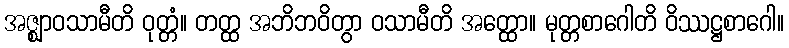
အဇ္ဈာဝသာမီတိ ဝုတ္တံ။ တတ္ထ အဘိဘဝိတွာ ဝသာမီတိ အတ္ထော။ မုတ္တစာဂေါတိ ဝိဿဋ္ဌစာဂေါ။